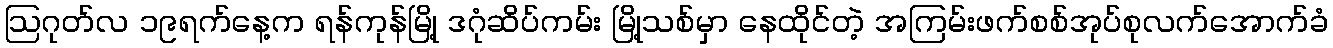
ဩဂုတ်လ ၁၉ရက်နေ့က ရန်ကုန်မြို့ ဒဂုံဆိပ်ကမ်း မြို့သစ်မှာ နေထိုင်တဲ့ အကြမ်းဖက်စစ်အုပ်စုလက်အောက်ခံ